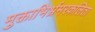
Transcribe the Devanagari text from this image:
मुक्ताभिर्भ्रमरकलिता